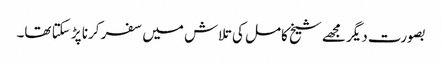
بصورت دیگر مجھے شیخ کامل کی تلاش میں سفر کرنا پڑ سکتا تھا۔